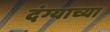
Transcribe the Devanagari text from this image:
दंग्याच्या